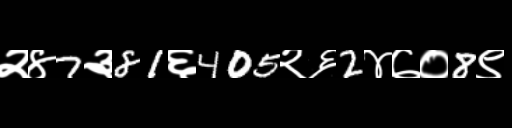
Text: २४7३81६405२६2४७०8९